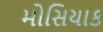
મોસિયાક